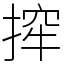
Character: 㨓